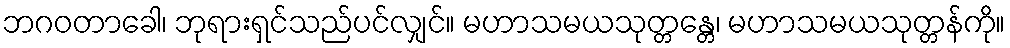
ဘဂဝတာခေါ၊ ဘုရားရှင်သည်ပင်လျှင်။ မဟာသမယသုတ္တန္တေ၊ မဟာသမယသုတ္တန်ကို။